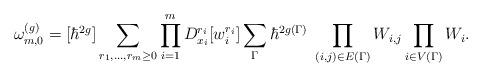
LaTeX: \begin{align*}\omega^{(g)}_{m,0}=[\hbar^{2g}]\sum_{r_1,\dots,r_m\ge0}\prod_{i=1}^m D_{x_i}^{r_i}[w_i^{r_i}]\sum_{\Gamma}\hbar^{2g(\Gamma)}\;\prod_{(i,j)\in E(\Gamma)}W_{i,j}\prod_{i\in V(\Gamma)}W_{i}.\end{align*}